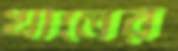
খালের